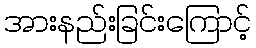
အားနည်းခြင်းကြောင့်